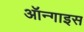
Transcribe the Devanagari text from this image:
ऑन्गाइस